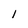
Character: l